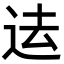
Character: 迲